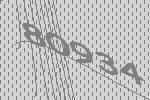
80934